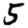
Digit: 5